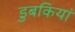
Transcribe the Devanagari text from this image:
डुबकियां